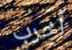
أخرب